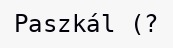
Paszkál (?